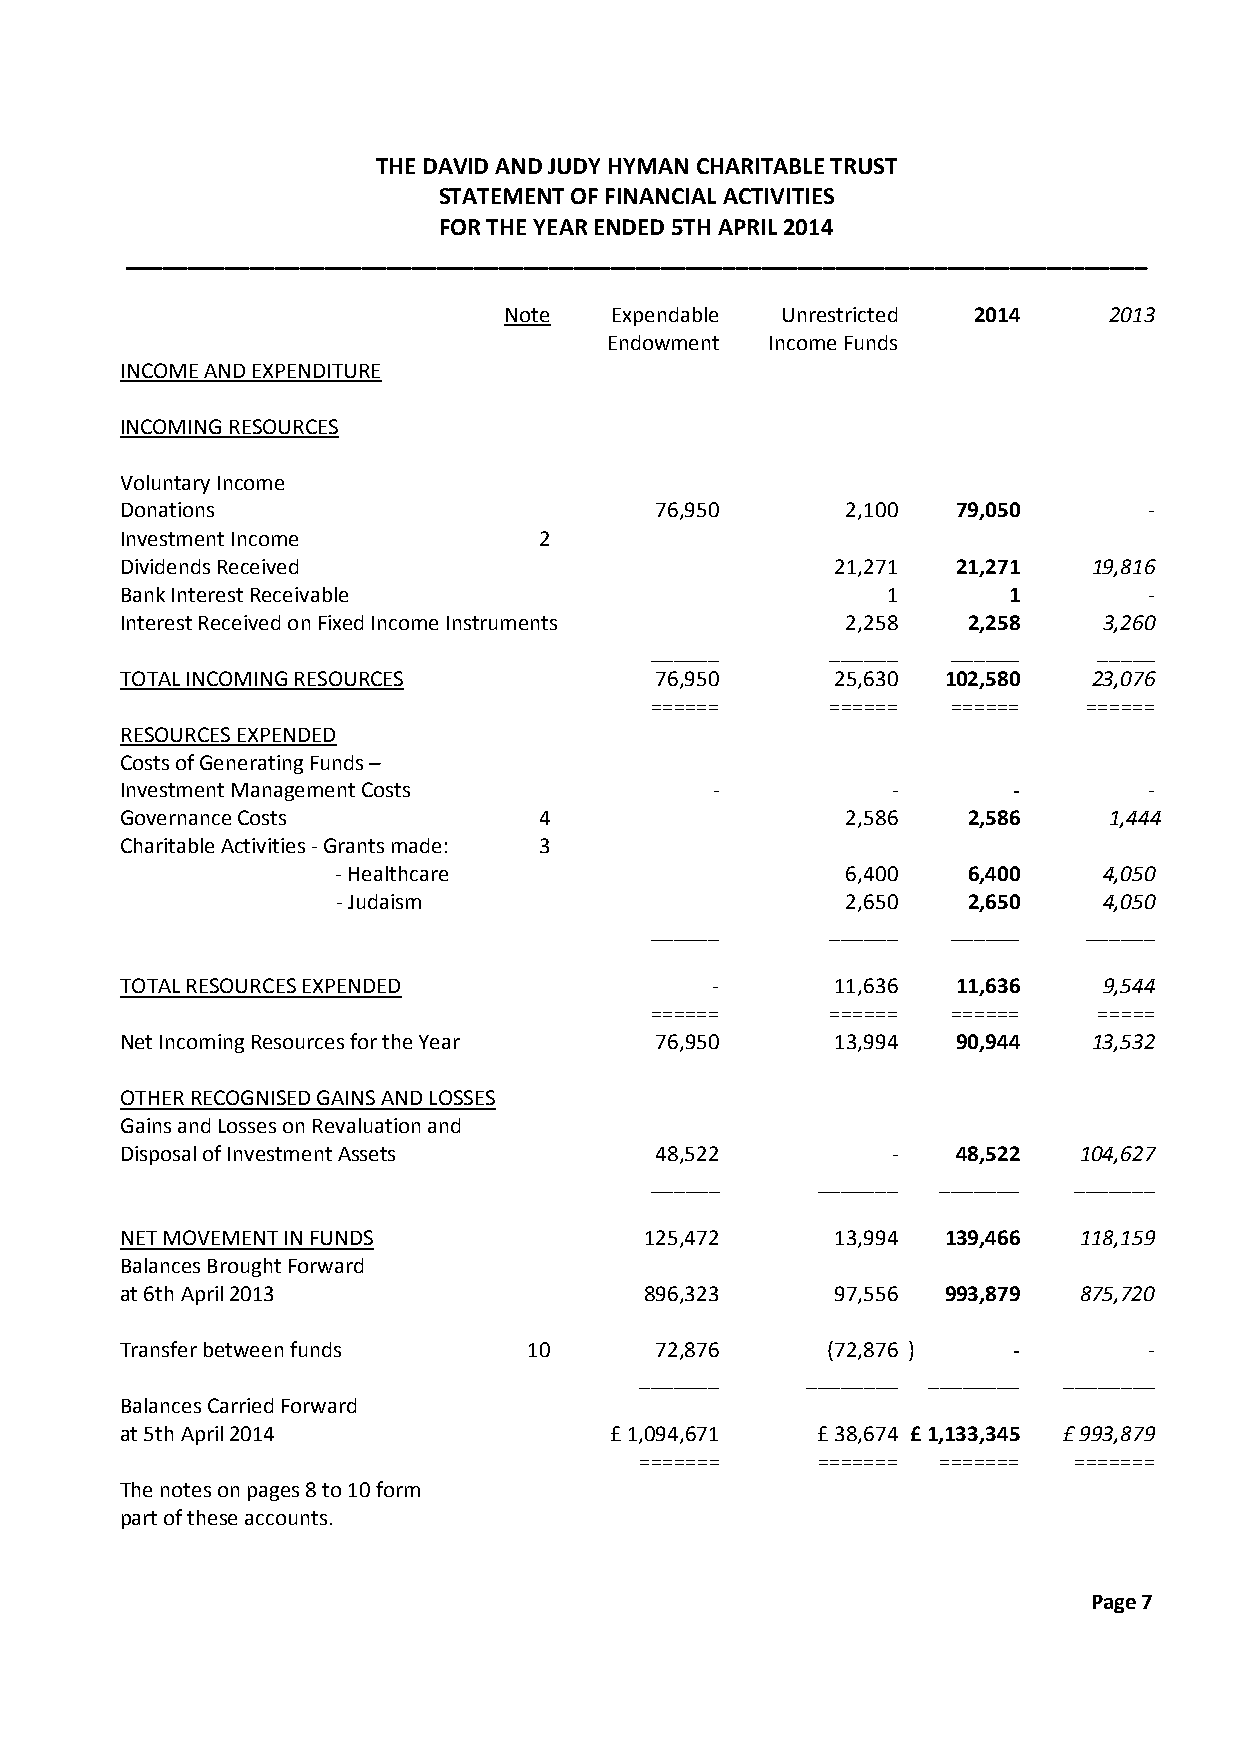
THE DAVID AND JUDY HYMAN CHARITABLE TRUST
 STATEMENT OF FINANCIAL ACTIVITIES
 FOR THE YEAR ENDED 5TH APRIL 2014
 __________________________________________________________________________________
 Note    Expendable Unrestricted 2014    2013
 Endowment  Income Funds
 INCOME AND EXPENDITURE
 INCOMING RESOURCES
 Voluntary Income
 Donations                          76,950       2,100  79,050       -
 Investment Income           2
 Dividends Received                             21,271  21,271   19,816
 Bank Interest Receivable                           1       1        -
 Interest Received on Fixed Income Instruments   2,258   2,258    3,260
 ______      ______  ______    _____
 TOTAL INCOMING RESOURCES           76,950      25,630  102,580  23,076
 ======      ======  ======   ======
 RESOURCES EXPENDED
 Costs of Generating Funds –
 Investment Management Costs            -           -       -        -
 Governance Costs            4                   2,586   2,586    1,444
 Charitable Activities - Grants made: 3
 - Healthcare                      6,400   6,400    4,050
 - Judaism                         2,650   2,650    4,050
 ______      ______  ______   ______
 TOTAL RESOURCES EXPENDED               -       11,636  11,636    9,544
 ======      ======  ======    =====
 Net Incoming Resources for the Year 76,950     13,994  90,944   13,532
 OTHER RECOGNISED GAINS AND LOSSES
 Gains and Losses on Revaluation and
 Disposal of Investment Assets      48,522          -   48,522  104,627
 ______     _______ _______  _______
 NET MOVEMENT IN FUNDS              125,472     13,994  139,466 118,159
 Balances Brought Forward
 at 6th April 2013                  896,323     97,556  993,879 875,720
 Transfer between funds     10      72,876      (72,876 )   -        -
 _______    ________ ________ ________
 Balances Carried Forward
 at 5th April 2014               £ 1,094,671   £ 38,674 £ 1,133,345 £ 993,879
 =======     ======= =======  =======
 The notes on pages 8 to 10 form
 part of these accounts.
 Page 7